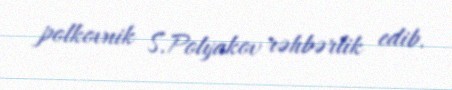
polkovnik S.Polyakov rəhbərlik edib.